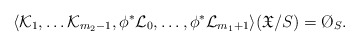
\begin{align*}\langle \mathcal{K}_1,\dots\mathcal{K}_{m_2-1},\phi^*\mathcal{L}_0,\dots,\phi^*\mathcal{L}_{m_1+1}\rangle(\mathfrak{X}/S)=\O_S.\end{align*}